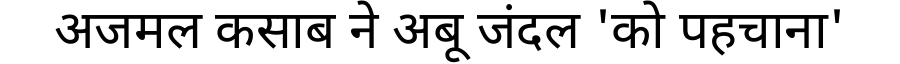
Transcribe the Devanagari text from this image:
अजमल कसाब ने अबू जंदल 'को पहचाना'